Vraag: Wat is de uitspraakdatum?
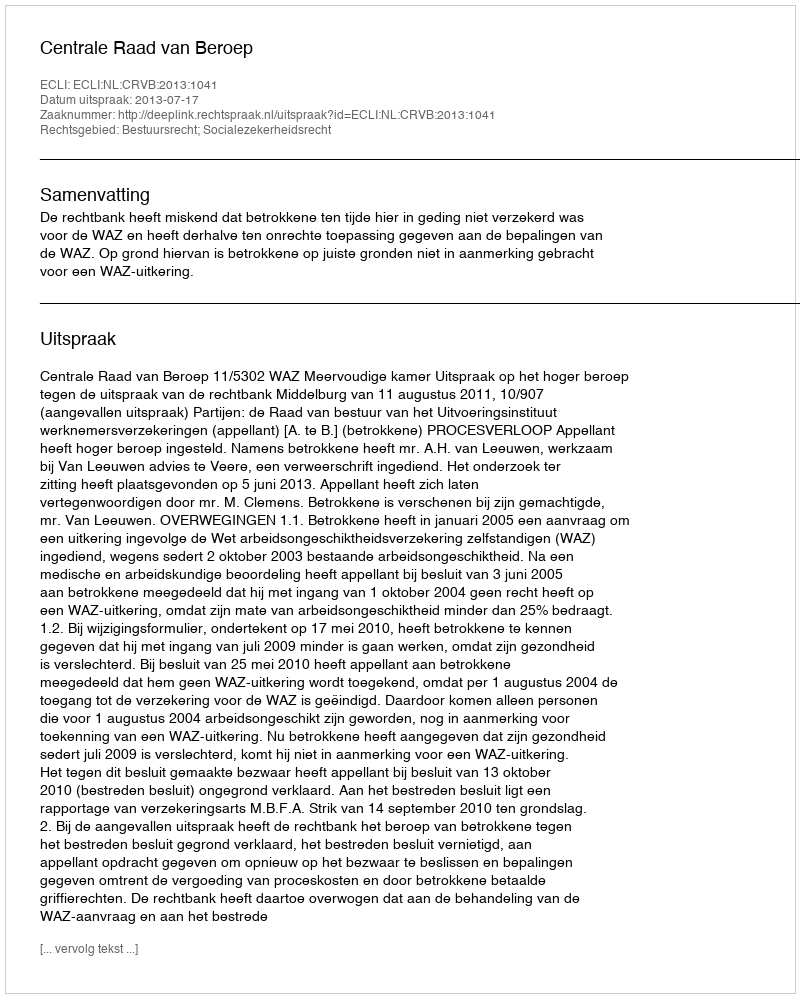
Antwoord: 2013-07-17